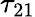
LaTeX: \tau_{21}